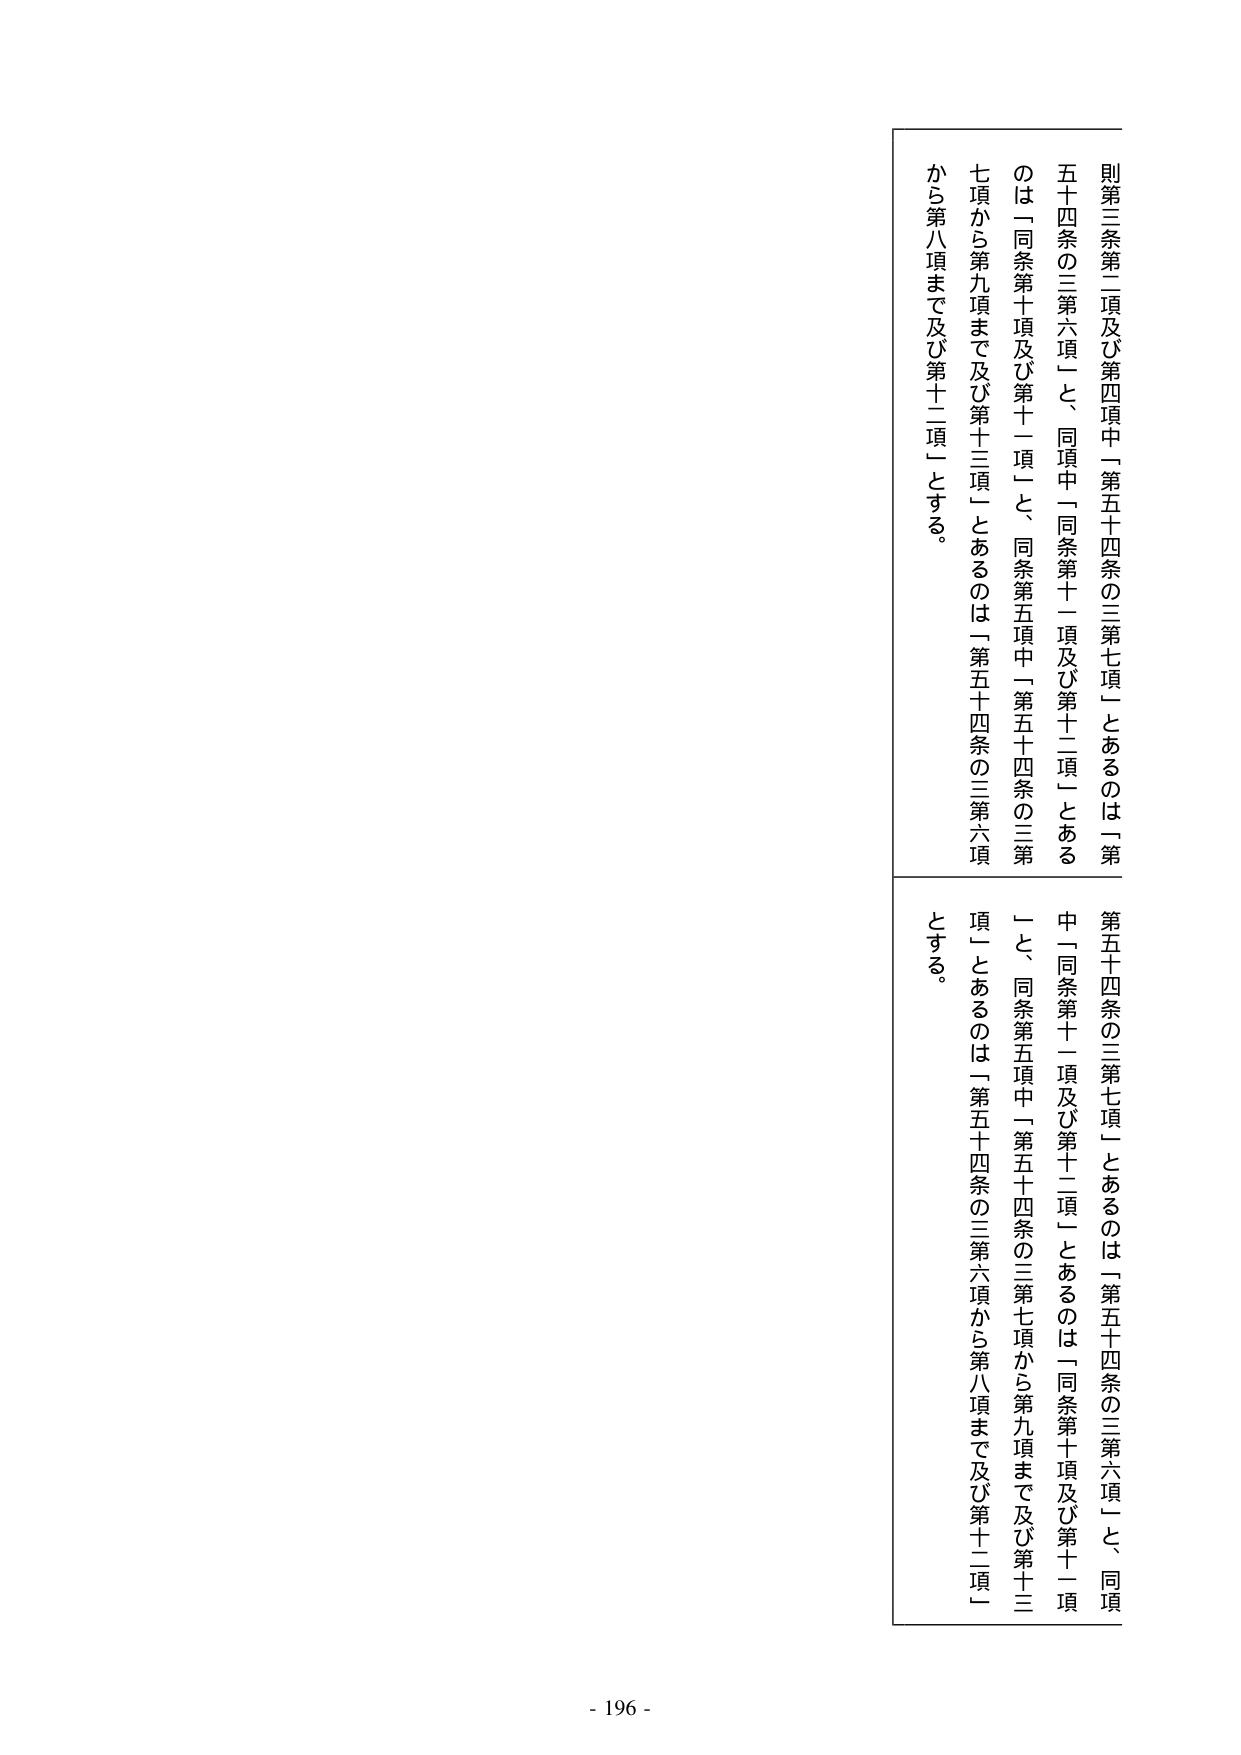
則第三条第二項及び第四項中「第五十四条の三第七項」とあるのは「第五十四条の三第六項」と、同項中「同条第十一項及び第十二項」とあるのは「同条第十項及び第十一項」と、同条第五項中「第五十四条の三第七項から第九項まで及び第十三項」とあるのは「第五十四条の三第六項から第八項まで及び第十二項」とする。

第五十四条の三第七項」とあるのは「第五十四条の三第六項」と、同項中「同条第十一項及び第十二項」とあるのは「同条第十項及び第十一項」と、同条第五項中「第五十四条の三第七項から第九項まで及び第十三項」とあるのは「第五十四条の三第六項から第八項まで及び第十二項」とする。

- 196 -